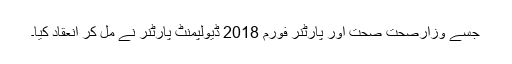
جسے وزارصحت صحت اور پارٹنر فورم 2018 ڈیولپمنٹ پارٹنر نے مل کر انعقاد کیا۔